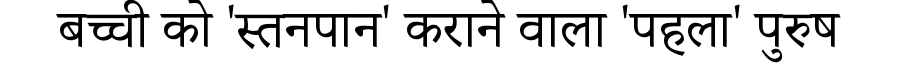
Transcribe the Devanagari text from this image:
बच्ची को 'स्तनपान' कराने वाला 'पहला' पुरुष